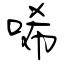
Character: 唏